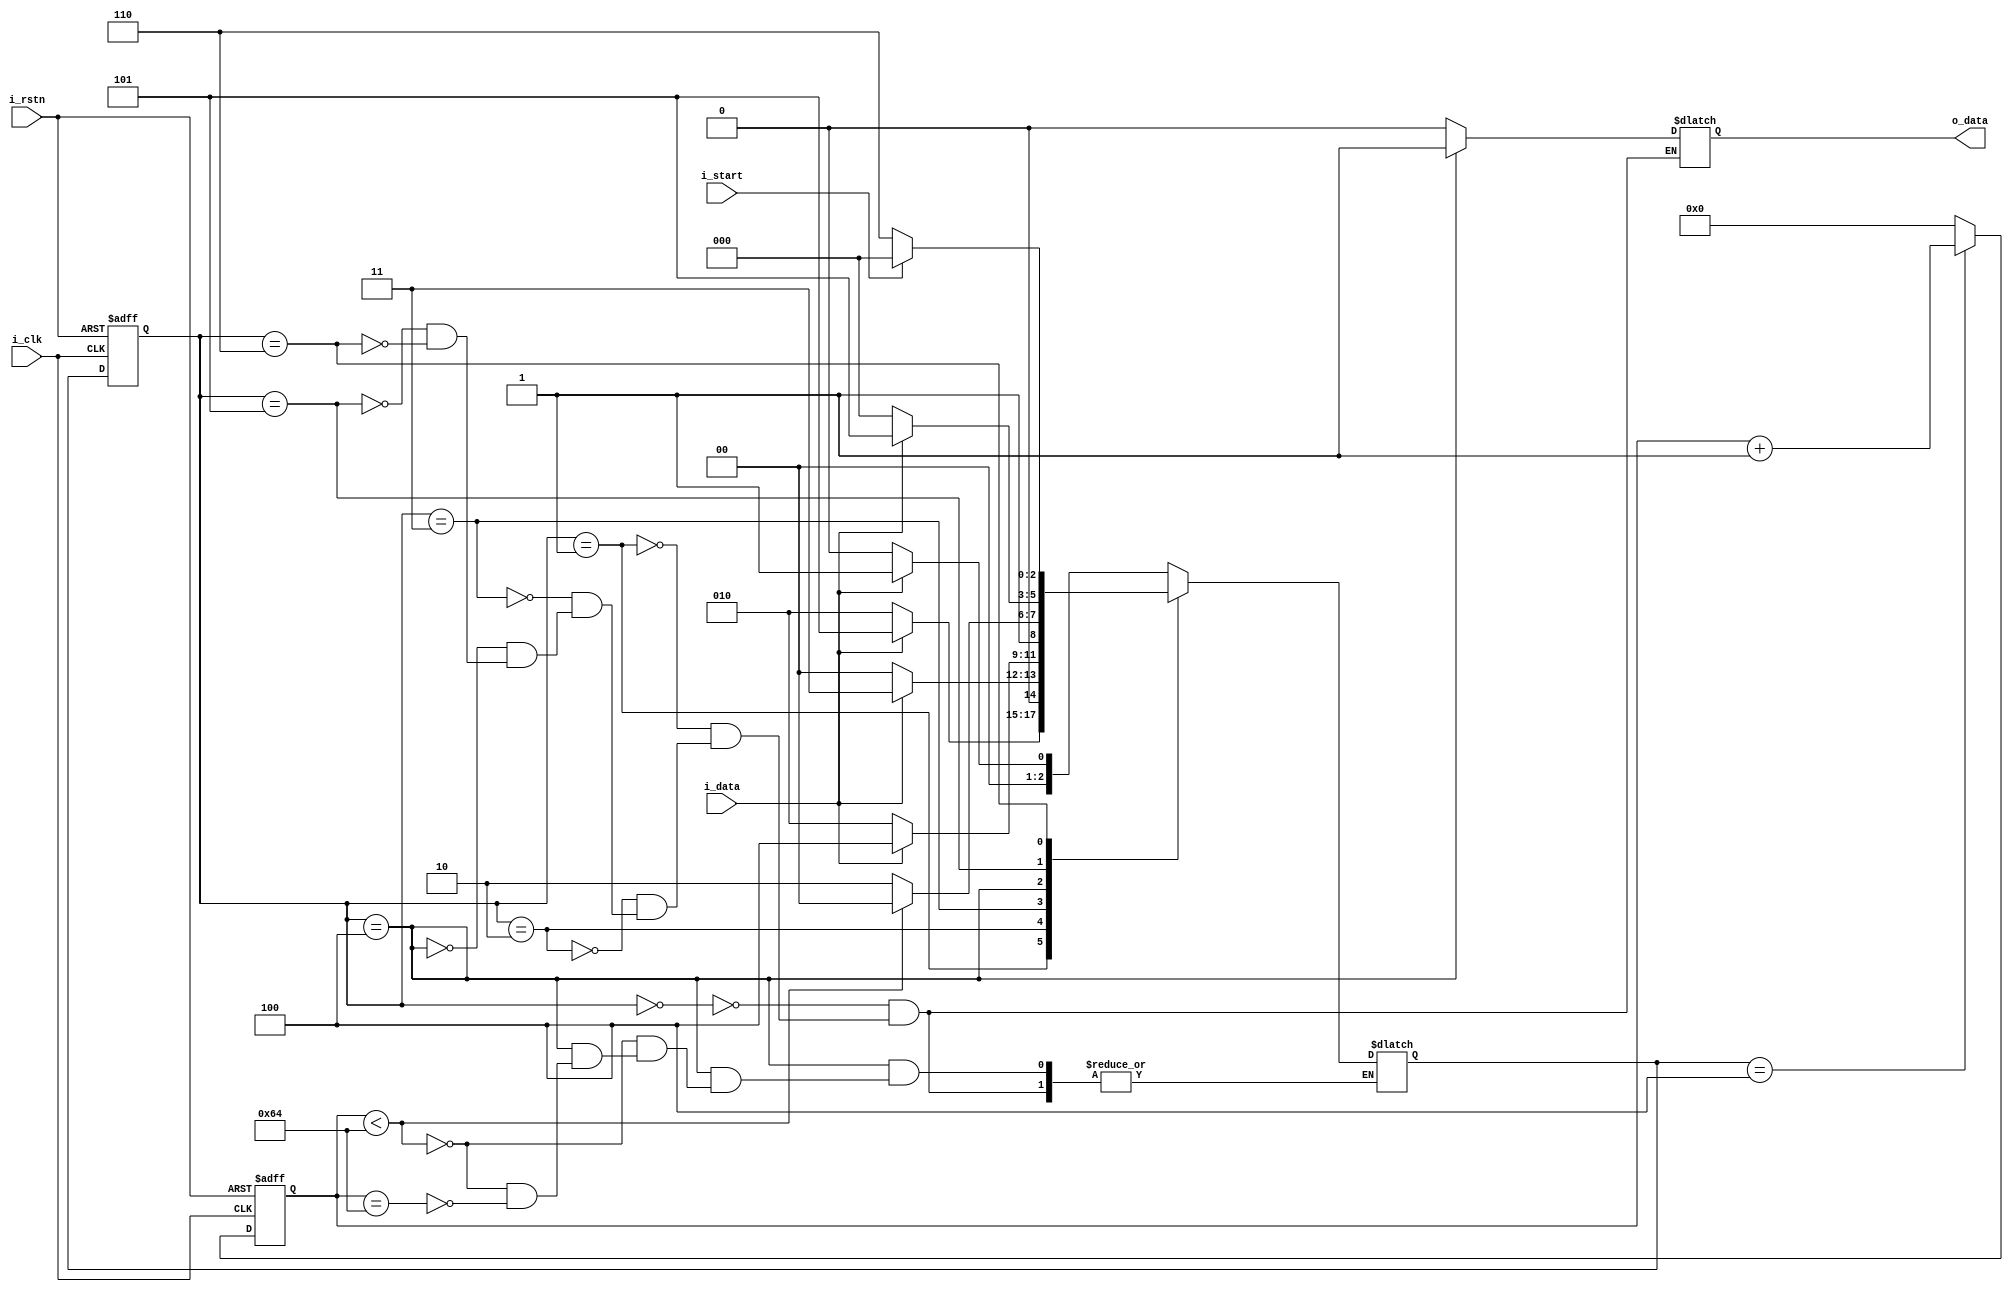
module lab7_doorlock(
input i_clk, i_rstn,
input i_data,
input i_start,
output o_data);

localparam S0=3'd0,S1=3'd1,S2=3'd2,S3=3'd3,S4=3'd4,S5=3'd5, S6=3'd6;
reg [2:0] c_state,n_state;
reg o_data_reg;
reg [7-1:0] count;
always @(posedge i_clk, negedge i_rstn) begin 
if(!i_rstn) begin  //stop reset
  c_state<=S6;
  count<=0;
  end
else begin
  c_state<=n_state;
  if(n_state==S4) count<=count+1;
  else count <= 0;
  end
end

always @(*) begin
case(c_state)
  S0:begin
  o_data_reg=1'b0;
  if(i_data==1)
    n_state=S1;
  else
    n_state=S0;
  end

  S1:begin
  o_data_reg=1'b0;
  if(i_data==1)
    n_state=S5;
  else
    n_state=S2;
  end

  S2:begin
  o_data_reg=1'b0;
  if(i_data==1)
    n_state=S3;
  else
    n_state=S0;
  end

  S3:begin
  o_data_reg=1'b0;
  if(i_data==1)
    n_state=S4;
  else
    n_state=S2;
  end

  S4:begin
  o_data_reg=1'b1;
  if(count<100)
    n_state=S4; //remain value:1
  else if(count==100) 
    n_state=S6;
  end

  S5:begin
  o_data_reg=1'b0;
  if(i_data==1)
    n_state=S5;
  else
    n_state=S0;
  end

  S6:begin
  o_data_reg=1'b0;
  if(i_start==1)
    n_state=S0;
  else
    n_state=S6;
  end

endcase
end

assign o_data=o_data_reg;


endmodule